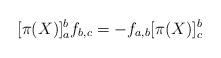
LaTeX: \begin{align*}[\pi(X)]_a^bf_{b,c} = -f_{a,b}[\pi(X)]_c^b\end{align*}